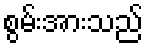
စွမ်းအားသည်